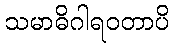
သမာဓိဂါရဝတာပိ